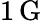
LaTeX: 1\, \mathrm{G}